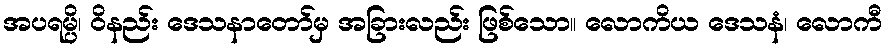
အပရမ္ပိ၊ ဝိနည်း ဒေသနာတော်မှ အခြားလည်း ဖြစ်သော။ လောကိယ ဒေသနံ၊ လောကီ